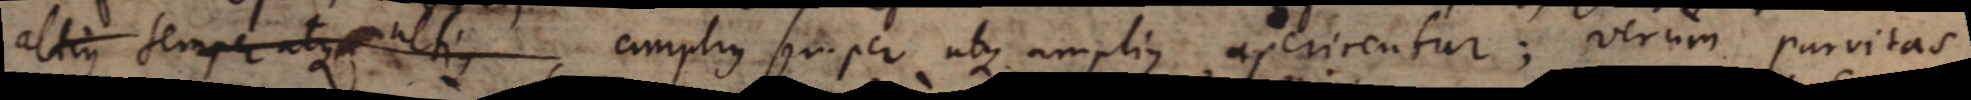
altius semper atque altius amplius semper atque amplius aperirentur; verum parvitas